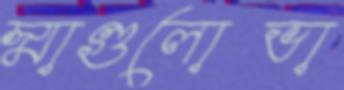
স্মাগুলোভা